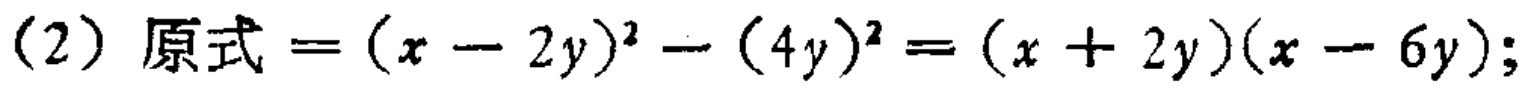
(2) 原式\(=(x - 2y)^{2}-(4y)^{2}=(x + 2y)(x - 6y)\);